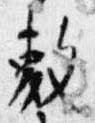
敷